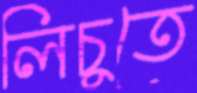
লিচুতে